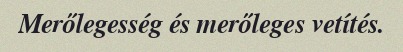
Merőlegesség és merőleges vetítés.